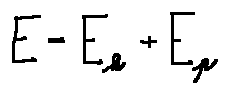
E = E _ { k } + E _ { p }